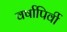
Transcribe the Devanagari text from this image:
वर्षापिर्वी